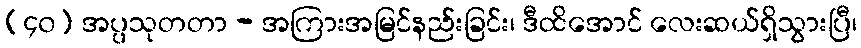
(၄၀) အပ္ပသုတတာ - အကြားအမြင်နည်းခြင်း၊ ဒီထိအောင် လေးဆယ်ရှိသွားပြီ၊